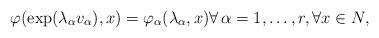
LaTeX: \begin{align*} \varphi(\exp(\lambda_\alpha v_\alpha), x) = \varphi_\alpha(\lambda_\alpha, x) \forall \, \alpha = 1, \dots, r,\forall x\in N,\end{align*}